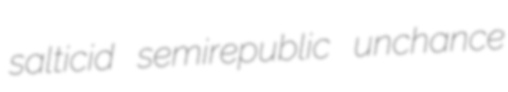
salticid semirepublic unchance